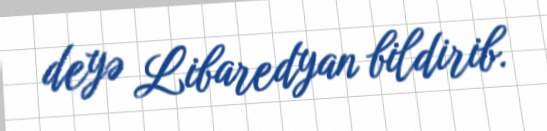
deyə Libaredyan bildirib.